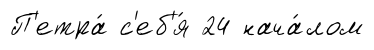
П'етра́ с'еб'я́ 24 нача́лом